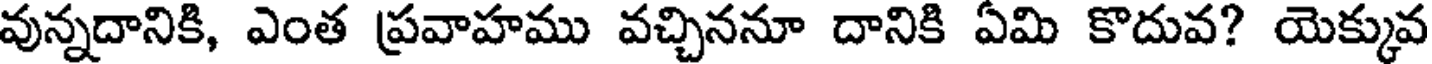
వున్నదానికి, ఎంత ప్రవాహము వచ్చిననూ దానికి ఏమి కొదువ? యెక్కువ